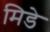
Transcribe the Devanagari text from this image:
मिडे